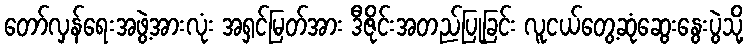
တော်လှန်ရေးအဖွဲ့အားလုံး အရှင်မြတ်အား ဒီဇိုင်းအတည်ပြုခြင်း လူငယ်တွေ့ဆုံဆွေးနွေးပွဲသို့